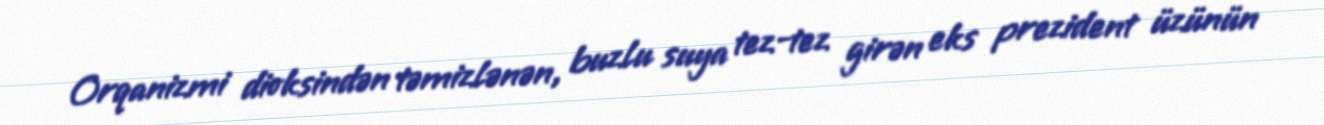
Orqanizmi dioksindən təmizlənən, buzlu suya tez-tez girən eks prezident üzünün